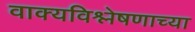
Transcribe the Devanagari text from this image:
वाक्यविश्लेषणाच्या